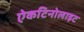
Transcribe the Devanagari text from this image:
ऐकटिनोलाइट